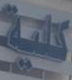
كلية